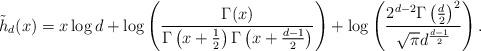
LaTeX: \begin{align*}\tilde{h}_d(x) = x\log d + \log\left(\frac{\Gamma(x)}{\Gamma\left(x+\frac{1}{2}\right)\Gamma\left(x+\frac{d-1}{2}\right)}\right)+\log\left(\frac{2^{d-2}\Gamma\left(\frac{d}{2}\right)^2}{\sqrt{\pi}d^{\frac{d-1}{2}}}\right).\end{align*}